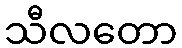
သီလတော